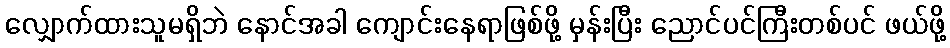
လျှောက်ထားသူမရှိဘဲ နောင်အခါ ကျောင်းနေရာဖြစ်ဖို့ မှန်းပြီး ညောင်ပင်ကြီးတစ်ပင် ဖယ်ဖို့